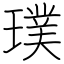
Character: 璞